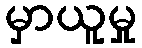
မှာယူမှု